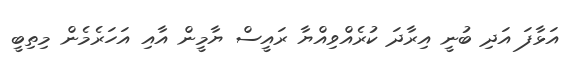
އަޅާފަ އަދި ބުނީ އިރާދަ ކުރެއްވިއްޔާ ރައީސް ޔާމީން އާއި އަހަރެމެން މިތިބީ